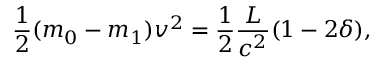
{ \frac { 1 } { 2 } } ( m _ { 0 } - m _ { 1 } ) v ^ { 2 } = { \frac { 1 } { 2 } } \frac { L } { c ^ { 2 } } ( 1 - 2 \delta ) ,